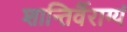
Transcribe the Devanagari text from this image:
शान्तिर्वैराग्यं